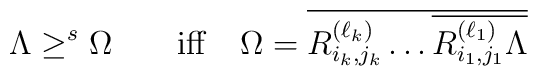
\Lambda \geq^{s} \Omega\qquad {\rm  iff}\quad\Omega =\overline{R_{i_k,j_k}^{(\ell_k)} \dots \overline{R_{i_1,j_1}^{(\ell_1)}\Lambda}}